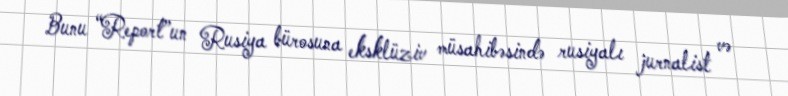
Bunu “Report”un Rusiya bürosuna eksklüziv müsahibəsində rusiyalı jurnalist və